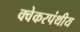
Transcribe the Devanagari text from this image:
क्वेकरपंथीय